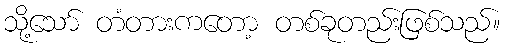
သို့သော် တံတားကတော့ တစ်ခုတည်းဖြစ်သည်။